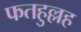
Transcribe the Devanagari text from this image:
फतहुल्लह